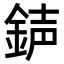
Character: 𨧅